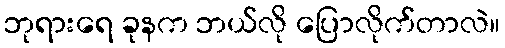
ဘုရားရေ ခုနက ဘယ်လို ပြောလိုက်တာလဲ။